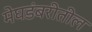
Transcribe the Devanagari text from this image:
मेघडंबरीतील